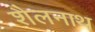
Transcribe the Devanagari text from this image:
शैलनाथ